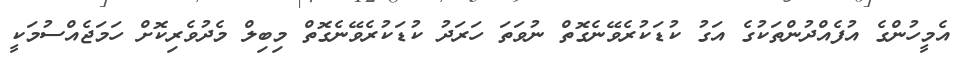
އެމީހުންގެ އުފެއްދުންތަކުގެ އަގު ކުޑަކުރެވޭނެގޮތް ނުވަތަ ހަރަދު ކުޑަކުރެވޭނެގޮތް މިބިލް މެދުވެރިކޮށް ހަމަޖެއްސުމަކީ